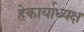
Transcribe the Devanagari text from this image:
हेकार्याध्यक्ष